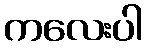
ကလေးပါ